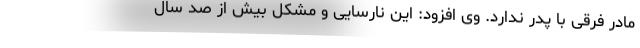
مادر فرقی با پدر ندارد. وی افزود: این نارسایی و مشکل بیش از صد سال